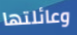
وعائلتها